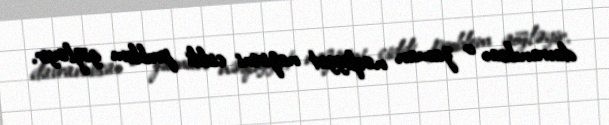
davranıbsa, o zaman nəqliyyat nazirini ciddi problem gözləyir.